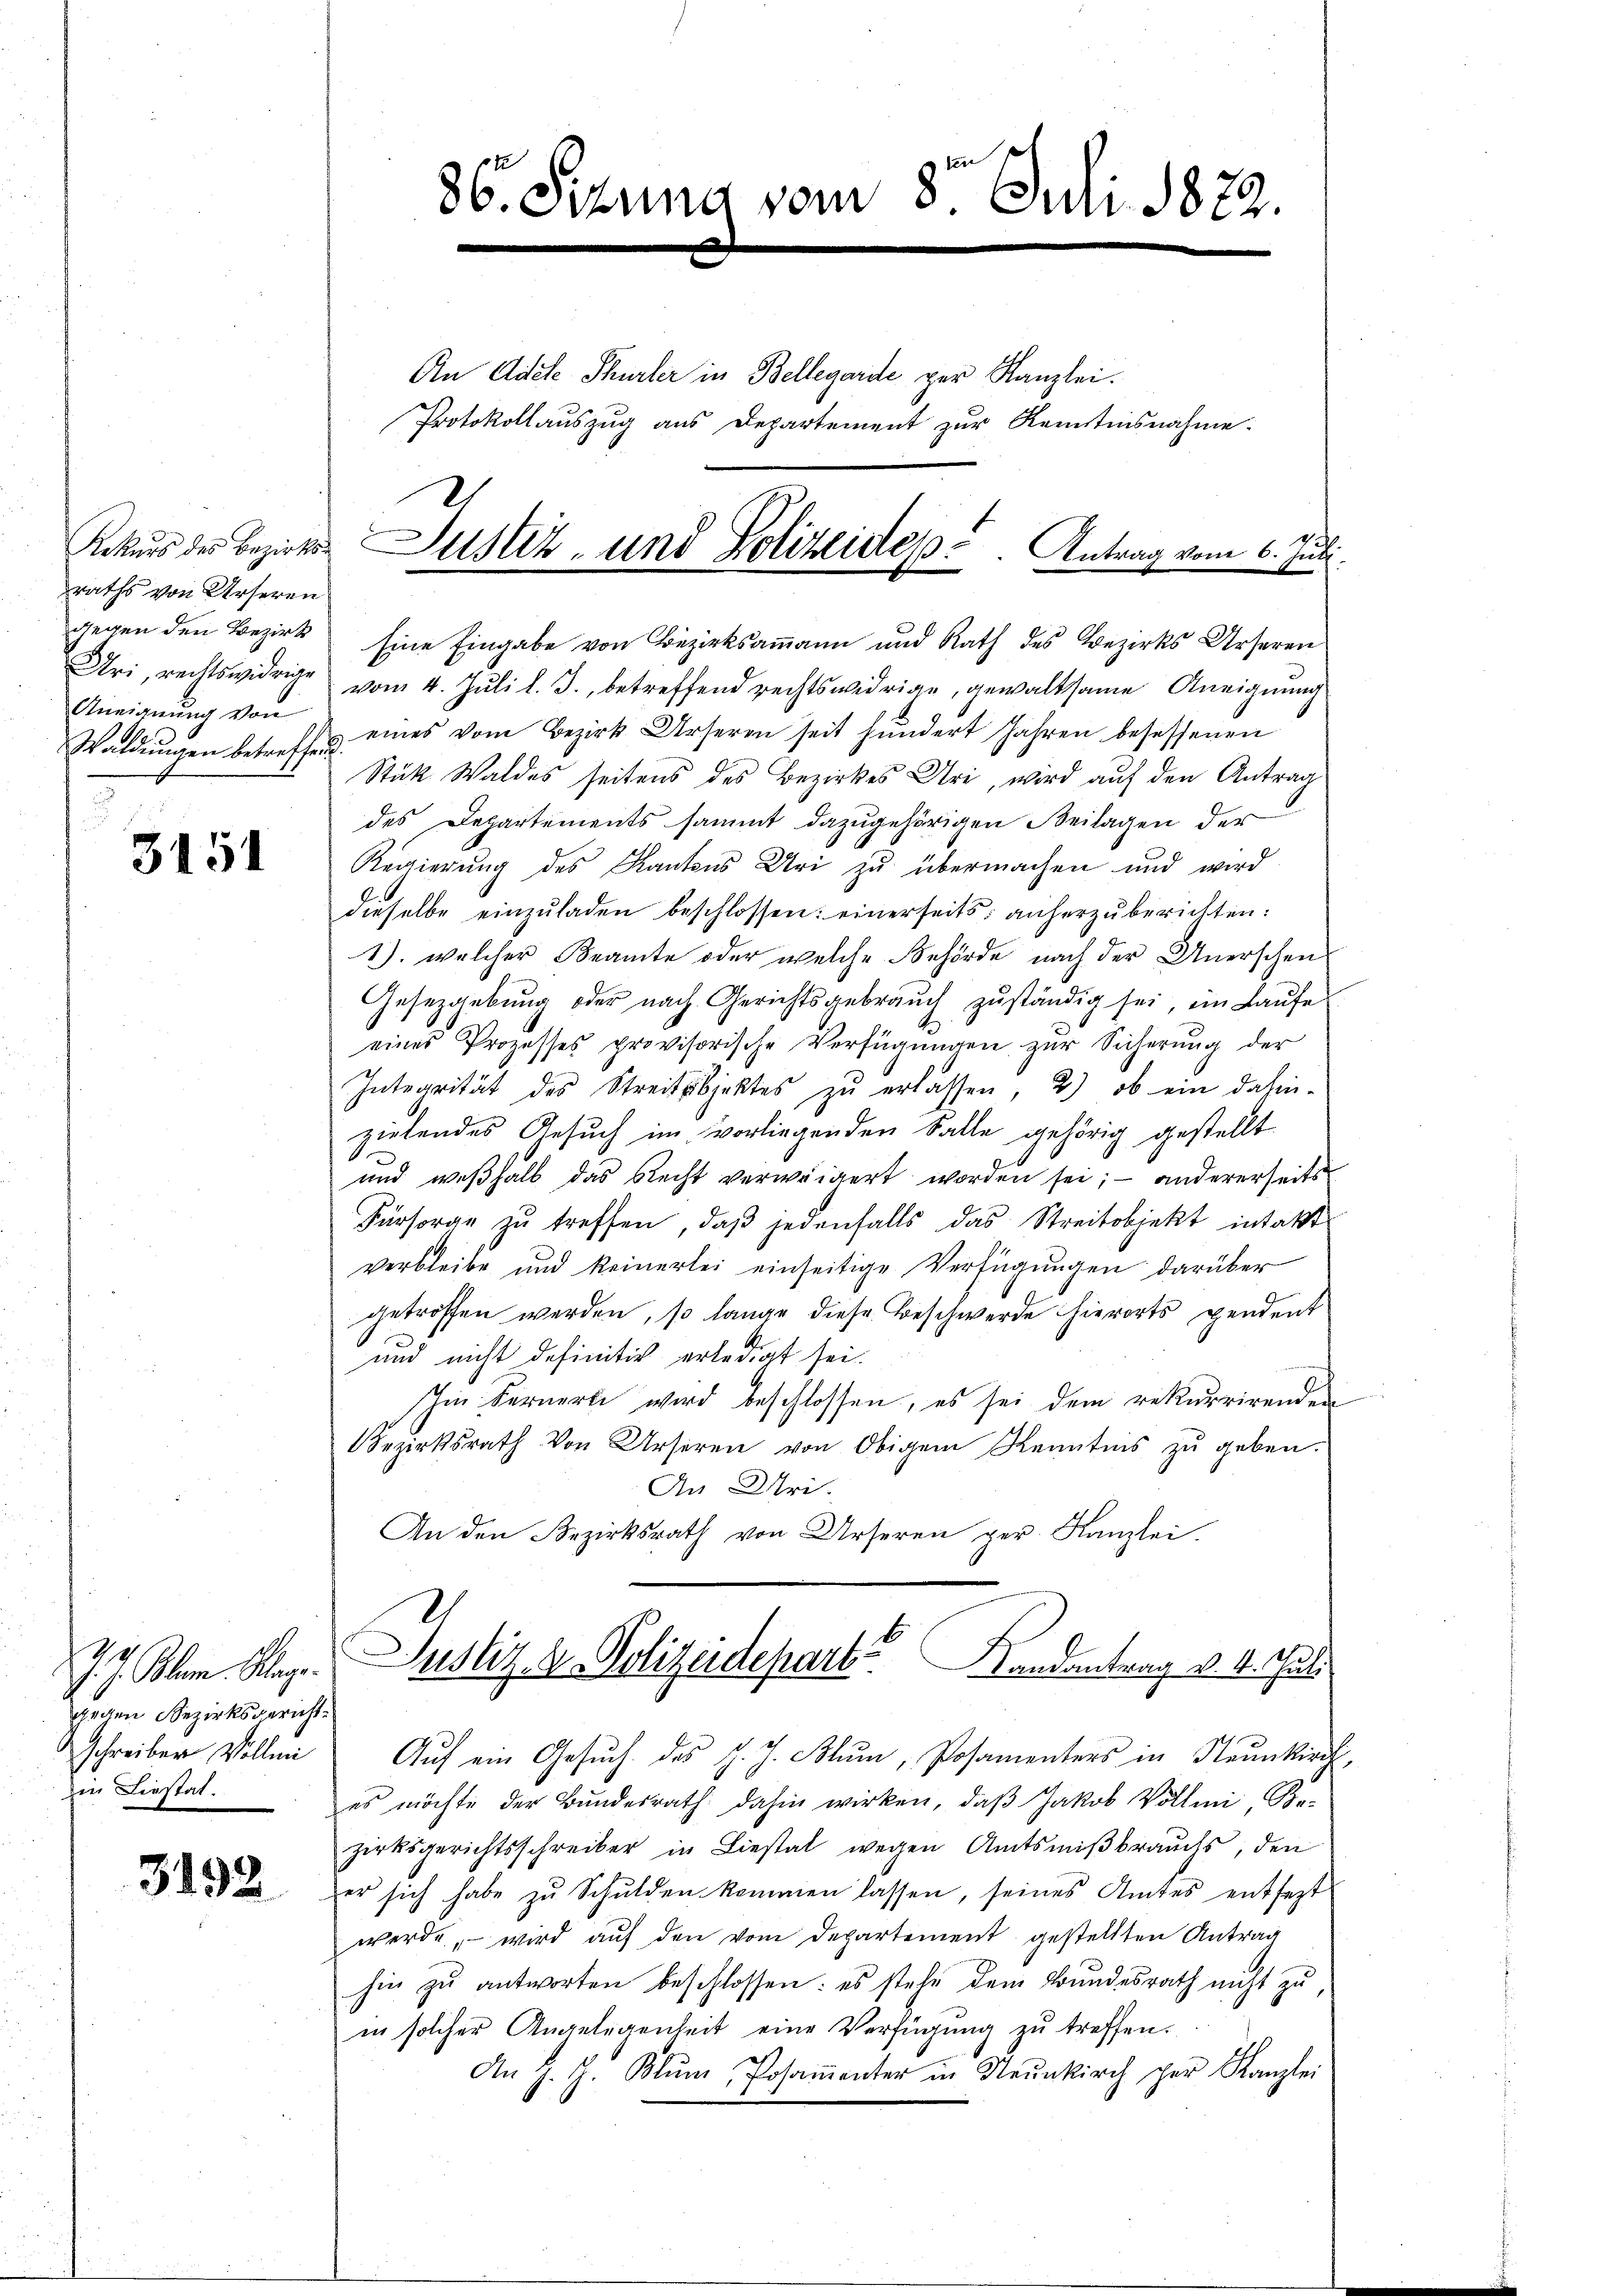
raths von Urseren
gegen den Bezirk
Uri, rechtswidrige
Aneignung von
Waldungen betreffend

3151

J. J. Plan. Klag
gegen Bezirksgericht.
schreiber Vollmi
in Liestat.

3192

86. Sitzung vom 8. Juli 1872.

An Adete Thürler in Bellegarde per Kanzlei.
Protokollauszug aus Departement zur Kenntnisnahme.

vom 4. Juli l. J., betreffend rechtswidrige, gewaltsame Aneignung
eines vom Bezirk Urseren seit hundert Jahren besessenen
Stük Waldes seitens des Bezirkes Uri, wird auf den Antrag
des Departements sammt dazugehörigen Beilagen der
Regierung des Kantons Uri zu übermachen und wird
dieselbe einzŭladen beschlossen: einerseits anherzŭberichten:
1), welcher Beamte oder welche Behörde nach der Unerschen¬
Gesetzgebung oder nach Gerichtsgebrauch zuständig sei, im Laufe
eines Prozesses provisorische Verfügŭngen zŭr Sicherŭng der
Interrität des Streitsbjektes zŭ erlassen, 2) ob ein dahin-
zielendes Gesuch im vorliegenden Falle gehörig gestellt
und weshalb das Recht verweigert worden sei; — andererseits
Fürsorge zŭ treffen, daβ jedenfalls das Streitobjekt intakt
verbleibe und keinerlei einseitige Verfügungen darüber
getroffen werden, so lange diese Beschwerde hierorts pendent
und nicht definitiv erledigt sei.
Im Fernerli wird beschlossen, es sei dem rekurrirenden
Bezirksrath von Urseren von Obigem Kenntnis zŭ geben.
An Uri.
An den Bezirksrath von Urseren ger. Kanzlei.
Justiz. R. Polizeidepart Handantrag v. 4. Juli
Aŭf ein Gesŭch des J. J. Blŭm, Posamenters in Neunkirch-
es möchte der Bundesrath dahin wirken, daß Jakob Vollmi, Bezirksgerichtsschreiber in Liestal wegen Amtsmißbrauchs, den
er sich habe zŭ Schulden kommen lassen, seines Amtes entsezt
werde, – wird auf den vom Departement gestellten Antrag
hin zu antworten beschlossen: es stehe dem Bundesrath nicht zu
en solcher Angelegenheit eine Verfügung zu treffen.
An J. J. Blŭm, Posamenter in Neunkirch per Kanzlei

2 x
Rekurs des Bezirks- ustiz- und Polizeides. Antrag vom 6. Juli.
Eine Eingabe von Bezirksammann und Rath des Bezirks Urseren